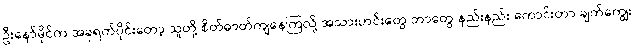
ဦးနော်မိုင်က အခုရက်ပိုင်းတော့ သူတို့ စိတ်ဓာတ်ကျနေကြလို့ အသားဟင်းတွေ ဘာတွေ နည်းနည်း ကောင်းတာ ချက်ကျွေး